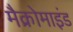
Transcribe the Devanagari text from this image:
मैक्रोमाइंड